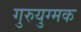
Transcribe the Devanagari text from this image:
गुरुयुग्मक